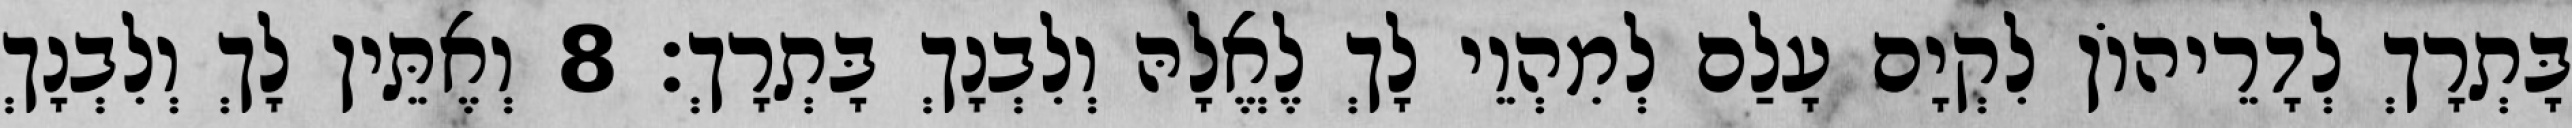
בָּתְרָךְ לְדָרֵיהוֹן לִקְיָם עָלַם לְמִהְוֵי לָךְ לֶאֱלָהּ וְלִבְנָךְ בָּתְרָךְ׃ 8 וְאֶתֵּין לָךְ וְלִבְנָךְ